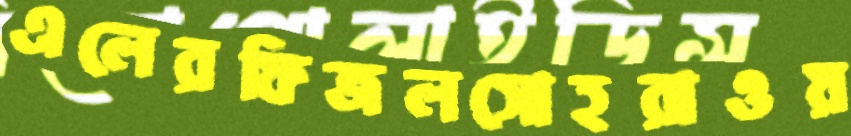
এলেরফিজলসোহরাওয়